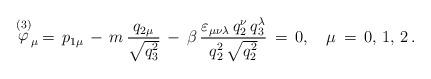
LaTeX: \begin{align*}\stackrel{(3)}{\varphi }_\mu \,=\,p_{1\mu }\,-\,m\,\frac{q_{2\mu }}{\sqrt{q_3^2}}\,-\,\beta \,\frac{\varepsilon_{\mu \nu\lambda }\,q_2^\nu\,q_3^\lambda }{q_2^2\,\sqrt{q_2^2}}\,=\,0, \quad \mu\,=\,0,\,1,\,2\,{.}\end{align*}